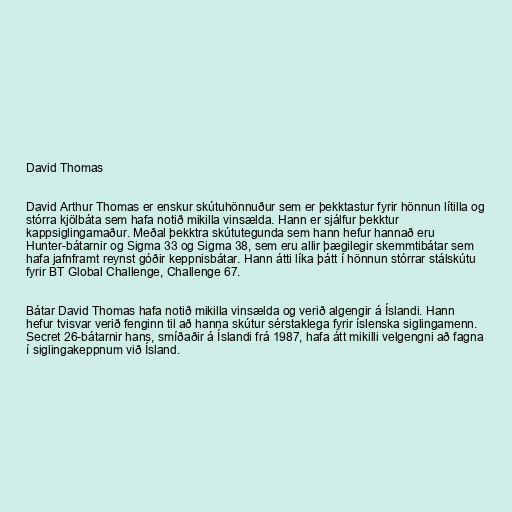
David Thomas

David Arthur Thomas er enskur skútuhönnuður sem er þekktastur fyrir hönnun lítilla og
stórra kjölbáta sem hafa notið mikilla vinsælda. Hann er sjálfur þekktur
kappsiglingamaður. Meðal þekktra skútutegunda sem hann hefur hannað eru
Hunter-bátarnir og Sigma 33 og Sigma 38, sem eru allir þægilegir skemmtibátar sem
hafa jafnframt reynst góðir keppnisbátar. Hann átti líka þátt í hönnun stórrar stálskútu
fyrir BT Global Challenge, Challenge 67.

Bátar David Thomas hafa notið mikilla vinsælda og verið algengir á Íslandi. Hann
hefur tvisvar verið fenginn til að hanna skútur sérstaklega fyrir íslenska siglingamenn.
Secret 26-bátarnir hans, smíðaðir á Íslandi frá 1987, hafa átt mikilli velgengni að fagna
í siglingakeppnum við Ísland.